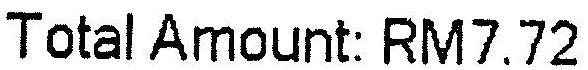
TOTAL AMOUNT: RM7.72